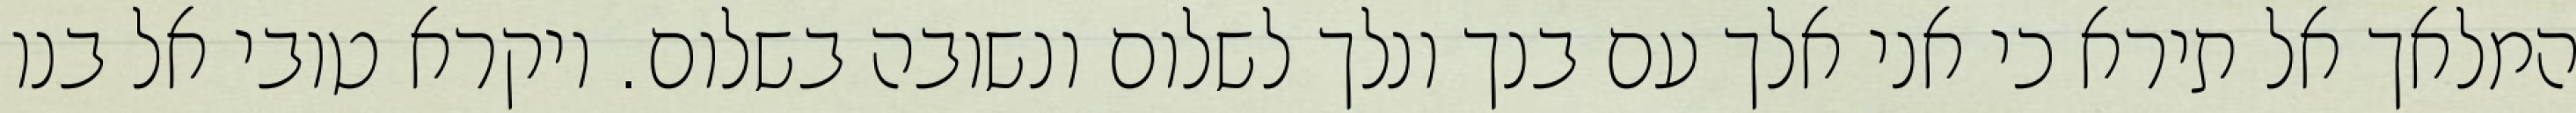
המלאך אל תירא כי אני אלך עם בנך ונלך לשלום ונשובה בשלום. ויקרא טובי אל בנו